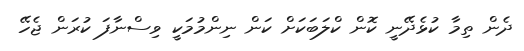
ދެން ތިމާ ކުޅެދޭނީ ކޮން ކްލަބަކަށް ކަން ނިންމުމަކީ ވިސްނާފަ ކުރަން ޖެހޭ